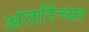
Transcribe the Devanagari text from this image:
अंतरिंच्या